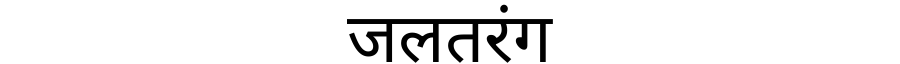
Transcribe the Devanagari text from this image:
जलतरंग